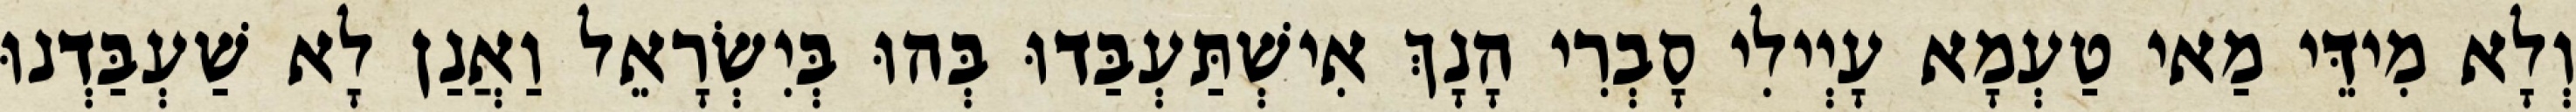
וְלָא מִידֵּי מַאי טַעְמָא עָיְילִי סָבְרִי הָנָךְ אִישְׁתַּעְבַּדוּ בְּהוּ בְּיִשְׂרָאֵל וַאֲנַן לָא שַׁעְבַּדְנוּ